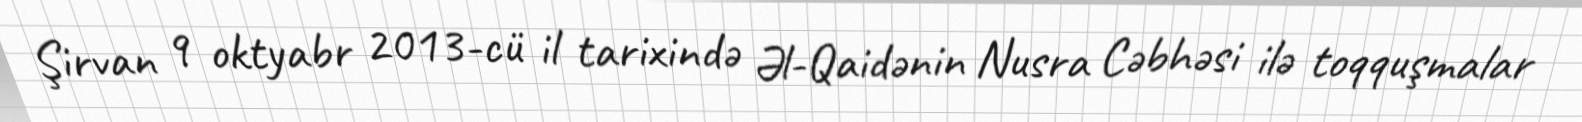
Şirvan 9 oktyabr 2013-cü il tarixində Əl-Qaidənin Nusra Cəbhəsi ilə toqquşmalar